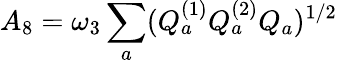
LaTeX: A_{8}=\omega_{3}\sum_{a}(Q_{a}^{(1)}Q_{a}^{(2)}Q_{a})^{1/2}